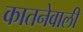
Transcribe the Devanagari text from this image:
कातनेवाली